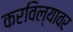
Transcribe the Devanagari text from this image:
करविल्यावर